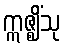
ဣဇ္ဈိံသု